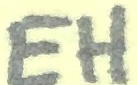
Text: EH